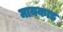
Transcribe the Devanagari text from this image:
मायकाड